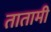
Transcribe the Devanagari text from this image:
तातामी